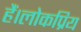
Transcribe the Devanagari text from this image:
हैं।लोकप्रिय